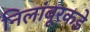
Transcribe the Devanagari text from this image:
निलांबूरकडे